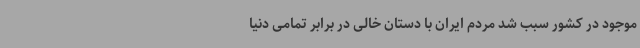
موجود در کشور سبب شد مردم ایران با دستان خالی در برابر تمامی دنیا